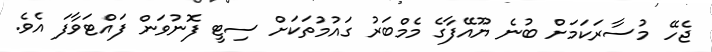
ޖެހޭ މުސާރަކަމަށް ބުނެ ޔޫއޭފާގެ މެމްބަރު ގައުމުތަކަށް ސިޓީ ފޮނުވަން ފައްޓަވާފަ އެވެ.